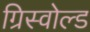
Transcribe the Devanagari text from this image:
ग्रिस्वोल्ड